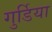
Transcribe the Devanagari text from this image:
गुर्डिया